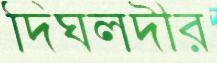
দিঘলদীর